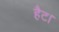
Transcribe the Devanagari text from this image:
हैट।